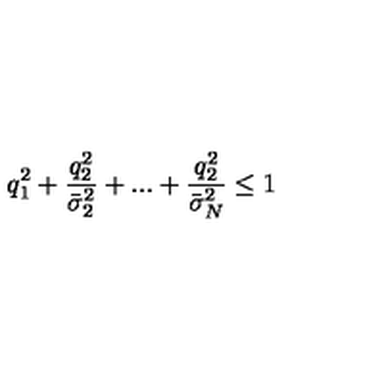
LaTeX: q _ { 1 } ^ { 2 } + \frac { q _ { 2 } ^ { 2 } } { \bar { \sigma } _ { 2 } ^ { 2 } } + . . . + \frac { q _ { 2 } ^ { 2 } } { \bar { \sigma } _ { N } ^ { 2 } } \leq 1